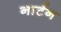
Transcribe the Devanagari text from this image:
नार्टन